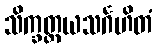
သိက္ခတ္တယသင်္ဂဟိတံ